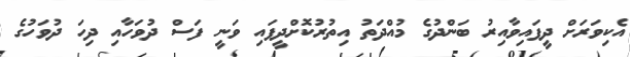
އެކިވަރަށް ދީފައިވާއިރު ބަންދުގެ މުއްދަތު އިތުރުކޮށްދީފައި ވަނީ ފަސް ދުވަހާއި ދިހަ ދުވަހުގެ